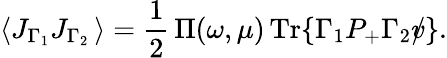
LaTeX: \langle J_{\Gamma_{1}}J_{\Gamma_{2}}\, \rangle=\frac{1}{2}\, \Pi(\omega,\mu)\, \mathrm{Tr}\{ \Gamma_{1}P_{+}\Gamma_{2}\rlap/v\} .